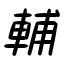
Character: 輔